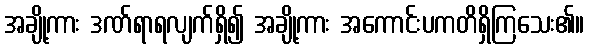
အချို့ကား ဒဏ်ရာရလျက်ရှိ၍ အချို့ကား အကောင်းပကတိရှိကြသေး၏။